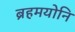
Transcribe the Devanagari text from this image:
ब्रहमयोनि